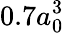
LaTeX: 0.7a_{0}^{3}